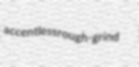
accentless rough-grind